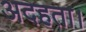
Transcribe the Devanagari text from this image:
अदहता।